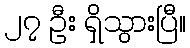
၂၇ ဦး ရှိသွားပြီ။